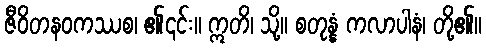
ဇီဝိတနဝကဿစ၊ ၏၎င်း။ ဣတိ၊ သို့။ စတုန္နံ ကလာပါနံ၊ တို့၏။